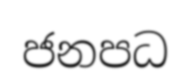
ජනපධ